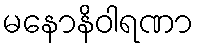
မနောနိဝါရဏာ